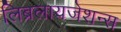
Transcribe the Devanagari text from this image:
लिब्रलायजेशन्स